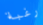
رغبة